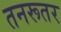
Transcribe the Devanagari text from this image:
तनरूतर